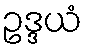
ဥဒ္ဒယံ